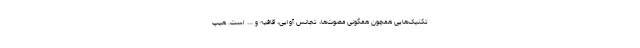
تکنیک‌هایی همچون همگونی مصوت‌ها، تجانس آوایی، قافیه و ... است. هیپ